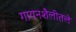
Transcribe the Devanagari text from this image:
गायनशैलीतले